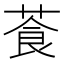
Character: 䓹